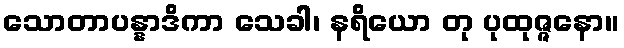
သောတာပန္နာဒိကာ သေခါ၊ နရိယော တု ပုထုဇ္ဇနော။